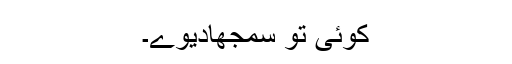
کوئی تو سمجھادیوے۔